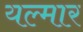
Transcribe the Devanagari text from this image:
यल्मार